画像に写った文字を読んでください
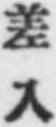
「差入」と書いてあります